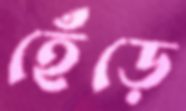
হেঁড়ে